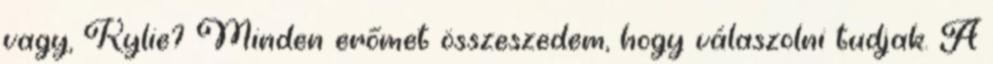
vagy, Kylie? Minden erőmet összeszedem, hogy válaszolni tudjak. A